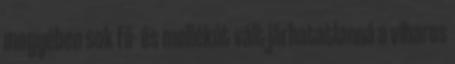
megyében sok fő- és mellékút vált járhatatlanná a viharos